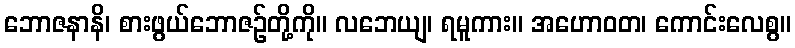
ဘောဇနာနိ၊ စားဖွယ်ဘောဇဉ်တို့ကို။ လဘေယျ၊ ရမူကား။ အဟောဝတ၊ ကောင်းလေစွ။